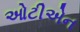
ઓટીએન